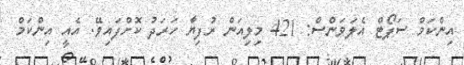
އިންކަމް ސަޕޯޓް އެލަވަންސް: 421 މިލިއަން ރުފިޔާ ހަރަދު ކޮށްފައިވޭ. އެއީ އިންކަމް